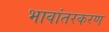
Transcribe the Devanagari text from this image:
भावांतरकरण